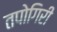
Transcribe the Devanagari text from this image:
तपोगिरी